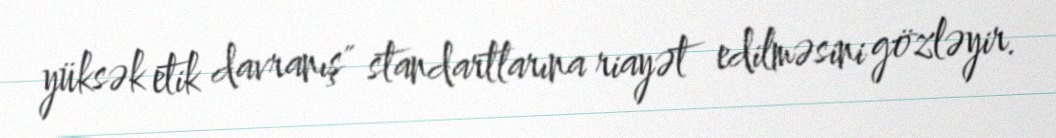
yüksək etik davranış" standartlarına riayət edilməsini gözləyir.